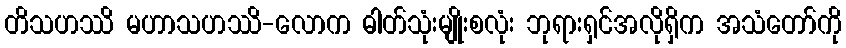
တိသဟဿိ မဟာသဟဿိ-လောက ဓါတ်သုံးမျိုးစလုံး ဘုရားရှင်အလိုရှိက အသံတော်ကို